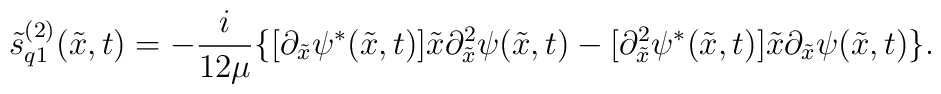
\tilde s^{(2)}_{q1}(\tilde x, t)=-\frac{i}{12\mu}\bigl \{\bigl [  \partial_{\tilde x} \psi^{*}(\tilde x,t) \bigr ]\tilde x\partial_{\tilde x}^2\psi(\tilde x,t)-\bigl [ \partial_{\tilde x}^2\psi^{*}(\tilde x,t) \bigr ]\tilde x\partial_{\tilde x} \psi(\tilde x,t) \bigr \}.